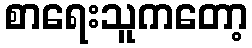
စာရေးသူကတော့